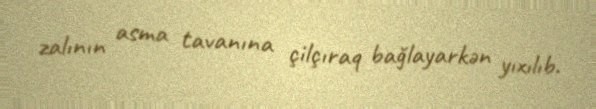
zalının asma tavanına çilçıraq bağlayarkən yıxılıb.